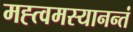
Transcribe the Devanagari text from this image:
मह्त्वमस्यानन्तं